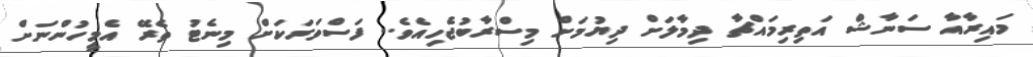
މައިރާއާ ސަނާޝް އަތިރިމައްޗާ ދިމާލަށް ދިޔުމަށް މިސްރާބުޖެހިއެވެ.. ފަސްވަރަކަށް މިނެޓު ތެރޭ އެމީހުންނަށް